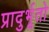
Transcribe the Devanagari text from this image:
प्रादुर्भूतो